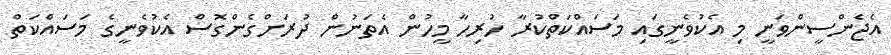
އެޖެންސީންވަނީ މި އެކުވެނީގައި މަސައްކަތްކުރާ ހުރިހާ މީހުން އެތަނުން ދުރަށްގެންގޮސް އެކުވެނީގެ މަސައްކަތް